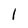
Character: 1